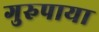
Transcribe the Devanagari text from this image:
गुरुपाया